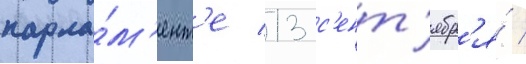
парла́м'ент'е 13 с'ент'ябр'я́ /